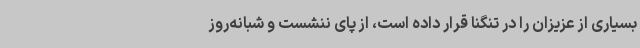
بسیاری از عزیزان را در تنگنا قرار داده است، از پای ننشست و شبانه‌روز